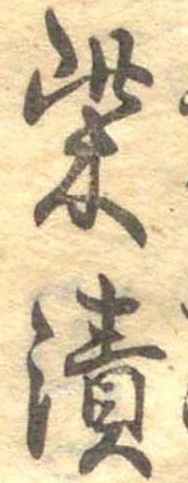
柴漬